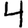
Digit: 4